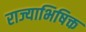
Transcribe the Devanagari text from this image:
राज्याभिषिक्त